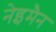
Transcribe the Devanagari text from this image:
नेइमैन